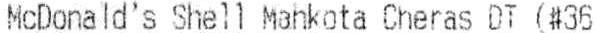
MCDONALD'S SHELL MAHKOTA CHERAS DT (#36